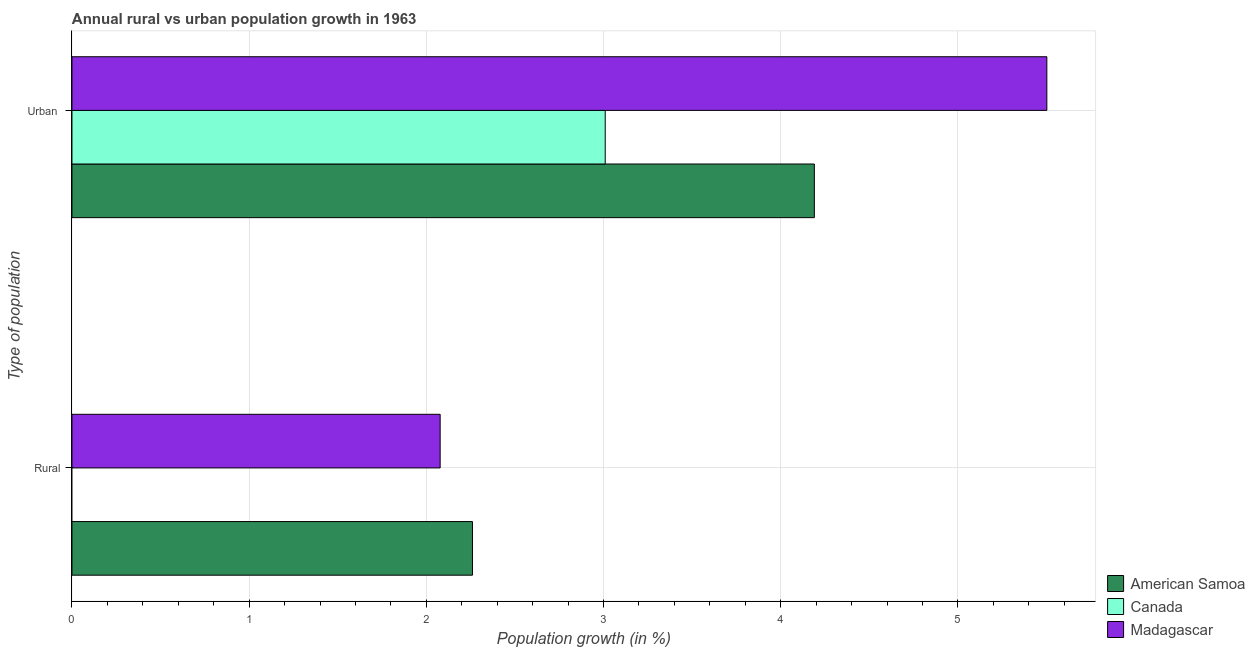
| Type of population | American Samoa | Canada | Madagascar |
 | --- | --- | --- | --- |
 | Rural | 2.26 | -0.931 | 2.08 |
 | Urban  | 4.19 | 3.01 | 5.5 |